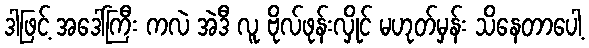
ဒါဖြင့် အဒေါ်ကြီး ကလဲ အဲဒီ လူ ဗိုလ်ဖုန်းလှိုင် မဟုတ်မှန်း သိနေတာပေါ့